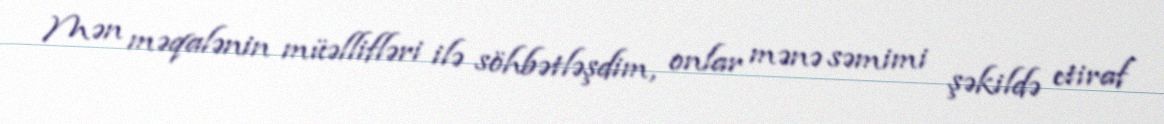
Mən məqalənin müəllifləri ilə söhbətləşdim, onlar mənə səmimi şəkildə etiraf